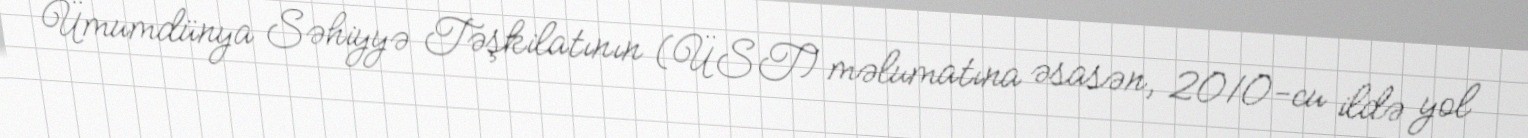
Ümumdünya Səhiyyə Təşkilatının (ÜST) məlumatına əsasən, 2010-cu ildə yol